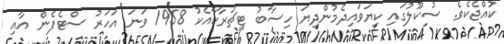
ކުއްޖެކެވެ. ސުކޫލުގައި ކިޔަވައިދެމުންދިޔަ ހިސާބު ޓީޗަރާކާއެކު 1958 ވަނަ އަހަރު ސްޓެފެން އާއި